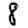
Digit: 8